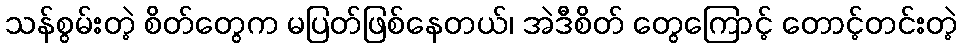
သန်စွမ်းတဲ့ စိတ်တွေက မပြတ်ဖြစ်နေတယ်၊ အဲဒီစိတ် တွေကြောင့် တောင့်တင်းတဲ့